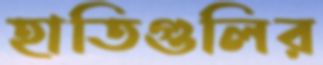
হাতিগুলির